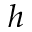
h